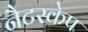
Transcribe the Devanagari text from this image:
नैटस्केप